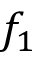
f _ { 1 }